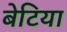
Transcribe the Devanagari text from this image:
बेटिया